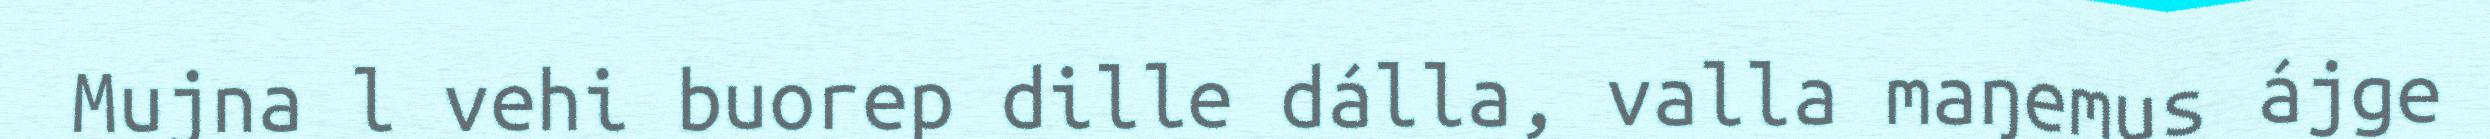
Mujna l vehi buorep dille dálla, valla maŋemus ájge